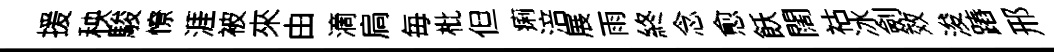
援秧駿憭涯被來由滴扃毎枇但痢涪展雨終念愈飫闊祜冰劍效浚蹖邢